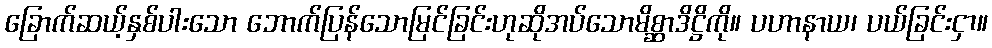
ခြောက်ဆယ့်နှစ်ပါးသော ဘောက်ပြန်သောမြင်ခြင်းဟုဆိုအပ်သောမိစ္ဆာဒိဋ္ဌိကို။ ပဟာနာယ၊ ပယ်ခြင်းငှာ။